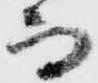
而